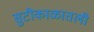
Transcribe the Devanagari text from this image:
सुटीकाळातली